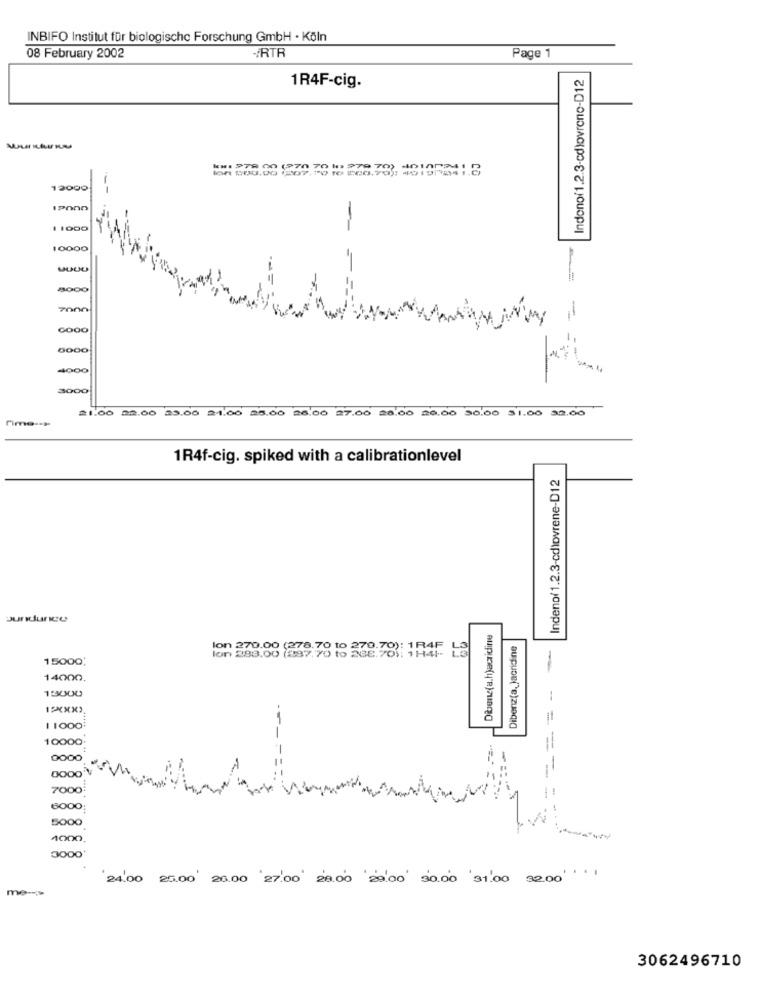
INBIFO Institut für biologische Forschung GmbH · Köln
08 February 2002
-RTR
Page 1
Indono/1.2.3-cdlovrene-D12
1R4F-cig.
k#: 978 00 (370 70 11 979 70) 401002417
lon :00.00 (07,10 10 209.79): 40198041.0
12000
IPOND
-
1 1000
10000
8000
7000
-
0000
4000
3000
21.00 22.00 23.00 24.00 25.00 26.00 27.00 20.00 20.00 50.00 51.00 $2.00
Time -- >
1R4f-cig. spiked with a calibrationlevel
Indeno(1.2.3-cdlovrene-D12
Burdurico
Dibenz(a, Jacridine
Ion 270.00 (278. 70 to 270 7
15000;
14000.
19000
1.XXX).
1 1000
10000.
0000
7000
6000
5000
4000
3000
....
24.00 25.00 20.00 27:00' 28.00 '29.00' 30.00 '31.00 3200'
me -- >
3062496710